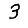
Digit: 3